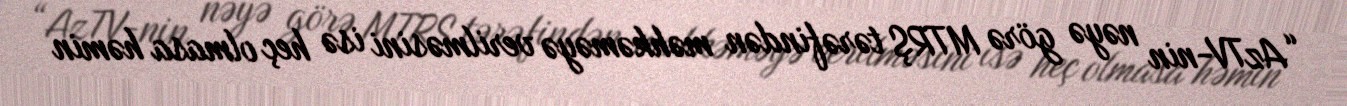
“AzTV-nin nəyə görə MTRŞ tərəfindən məhkəməyə verilməsini isə heç olmasa həmin